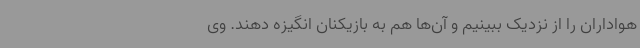
هواداران را از نزدیک ببینیم و آن‌ها هم به بازیکنان انگیزه دهند. وی